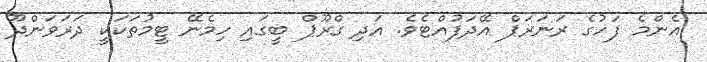
އެންމެ ފަހުގެ ރަނަރަޕް އޭދަފުއްޓެވެ. އަދި ގްރޫޕް ބީގައި ހިމެނޭ ޓީމުތަކަކީ ދަރަވަންދޫ